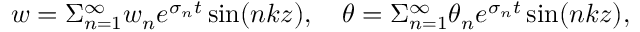
w = \Sigma _ { n = 1 } ^ { \infty } w _ { n } e ^ { \sigma _ { n } t } \sin ( n k z ) , \quad \theta = \Sigma _ { n = 1 } ^ { \infty } \theta _ { n } e ^ { \sigma _ { n } t } \sin ( n k z ) ,